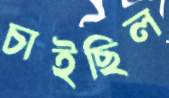
চাইছিল